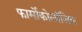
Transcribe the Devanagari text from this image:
फार्मोकोलॉजिक